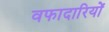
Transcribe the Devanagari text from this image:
वफादारियों